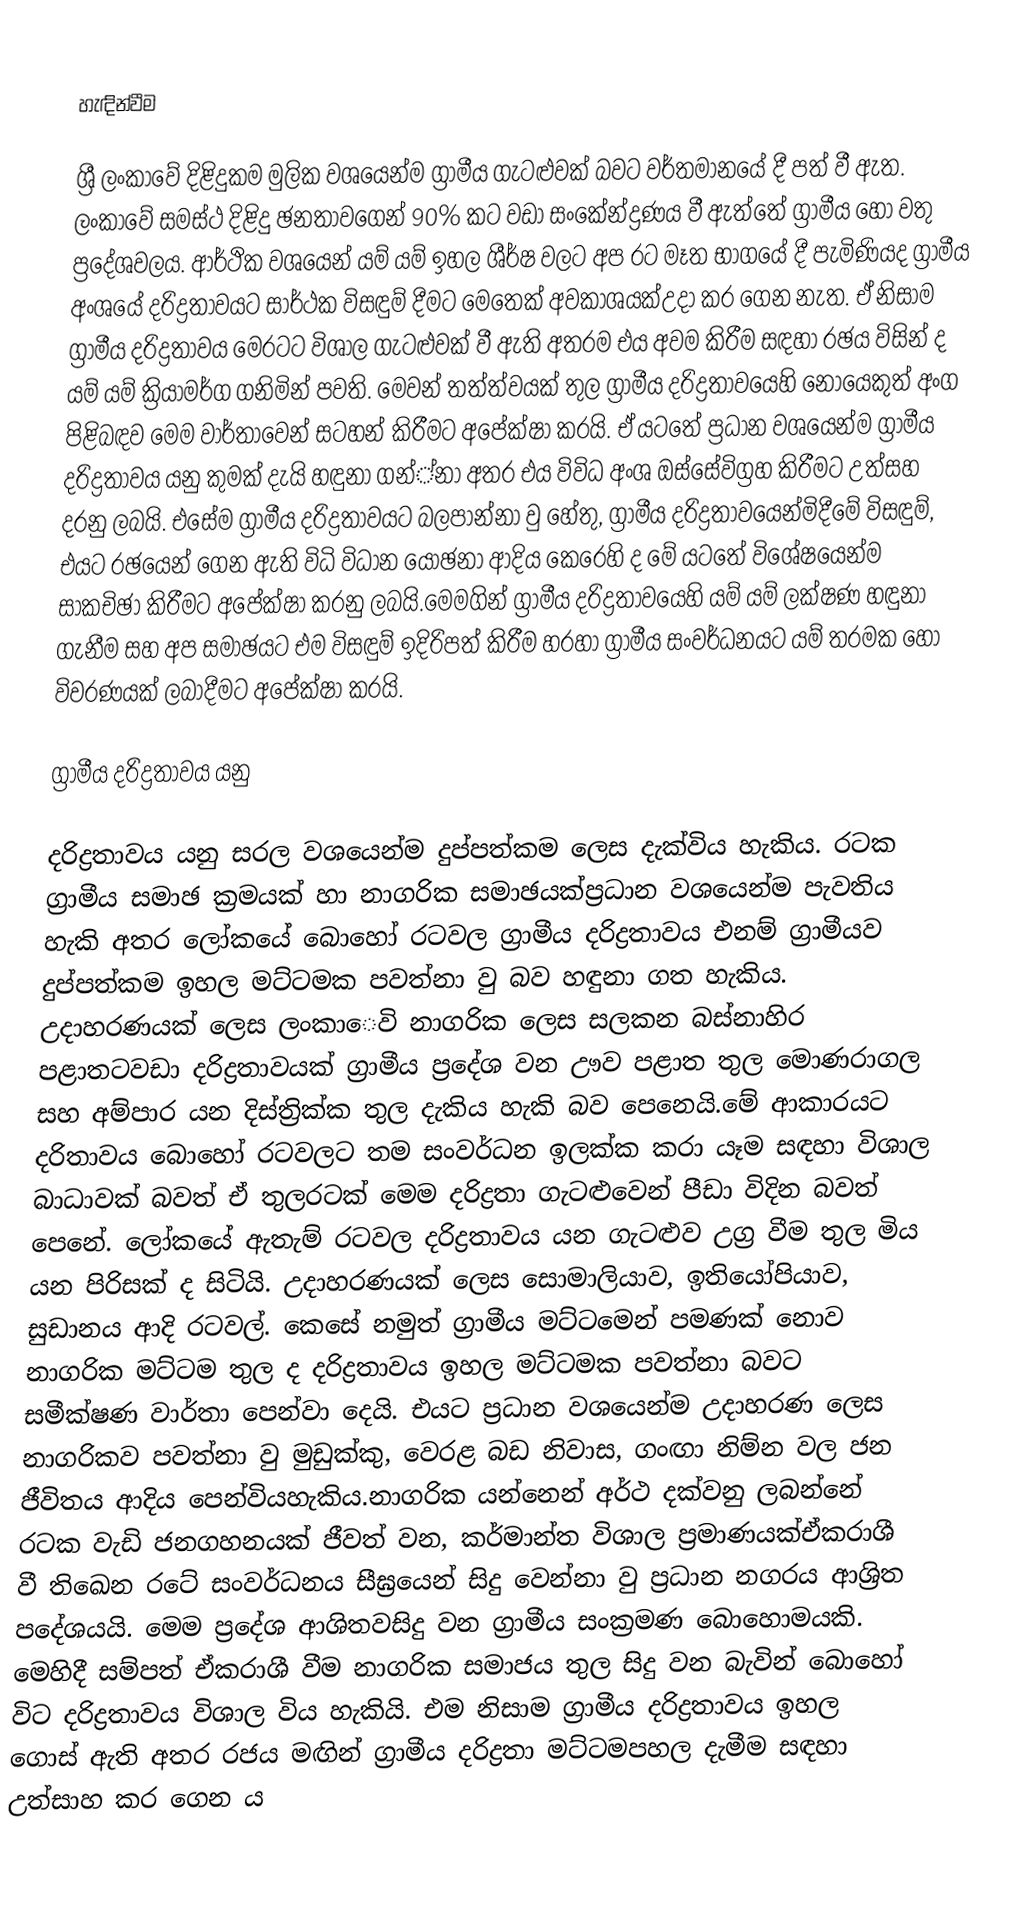

හැඳින්වීම

ශ්‍රී ලංකාවේ දිළිදුකම මුලික වශයෙන්ම ග්‍රාමීය ගැටළුවක් බවට වර්තමානයේ දී පත් වී ඇත. ලංකාවේ සමස්ථ දිළිදු ඡනතාවගෙන් 90% කට වඩා සංකේන්ද්‍රණය වී ඇත්තේ ග්‍රාමීය හෝ වතු ප්‍රදේශවලය. ආර්ථික වශයෙන් යම් යම් ඉහල ශීර්ෂ වලට අප රට මෑත භාගයේ දී පැමිණියද ග්‍රාමීය අංශයේ දරිද්‍රතාවයට සාර්ථක විසඳුම් දීමට මෙතෙක් අවකාශයක්උදා කර ගෙන නැත. ඒ නිසාම  ග්‍රාමීය දරිද්‍රතාවය මෙරටට විශාල ගැටළුවක් වී ඇති අතරම එය අවම කිරීම සඳහා රඡය විසින් ද යම් යම් ක්‍රියාමර්ග ගනිමින් පවති. මෙවන් තත්ත්වයක් තුල ග්‍රාමීය දරිද්‍රතාවයෙහි නොයෙකුත් අංග පිළිබඳව මෙම වාර්තාවෙන් සටහන් කිරීමට අපේක්ෂා කරයි. ඒ යටතේ ප්‍රධාන වශයෙන්ම ග්‍රාමීය දරිද්‍රතාවය යනු කුමක් දැයි හඳුනා ගන්්නා අතර එය විවිධ අංශ ඔස්සේවිග්‍රහ කිරීමට උත්සහ දරනු ලබයි. එසේම ග්‍රාමීය දරිද්‍රතාවයට බලපාන්නා වු හේතු, ග්‍රාමීය දරිද්‍රතාවයෙන්මිදීමේ විසඳුම්, එයට රඡයෙන් ගෙන ඇති විධි විධාන යෝඡනා ආදිය කෙරෙහි ද මේ යටතේ විශේෂයෙන්ම සාකචිඡා කිරීමට අපේක්ෂා කරනු ලබයි.මෙමගින් ග්‍රාමීය දරිද්‍රතාවයෙහි යම් යම් ලක්ෂණ හඳුනා ගැනීම සහ අප සමාඡයට එම විසඳුම් ඉදිරිපත් කිරීම හරහා ග්‍රාමීය සංවර්ධනයට යම් තරමක හෝ විවරණයක් ලබාදීමට  අපේක්ෂා කරයි.

ග්‍රාමීය දරිද්‍රතාවය යනු

දරිද්‍රතාවය යනු සරල වශයෙන්ම දුප්පත්කම ලෙස දැක්විය හැකිය. රටක ග්‍රාමීය සමාඡ ක්‍රමයක් හා නාගරික සමාඡයක්ප්‍රධාන වශයෙන්ම පැවතිය හැකි අතර ලෝකයේ බොහෝ රටවල ග්‍රාමීය දරිද්‍රතාවය එනම් ග්‍රාමීයව දුප්පත්කම ඉහල මට්ටමක පවත්නා වු බව හඳුනා ගත හැකිය. උදාහරණයක් ලෙස ලංකාෙවි නාගරික ලෙස සලකන බස්නාහිර පළාතටවඩා  දරිද්‍රතාවයක් ග්‍රාමීය ප්‍රදේශ වන ඌව පළාත තුල මොණරාගල සහ අම්පාර යන දිස්ත්‍රික්ක තුල දැකිය හැකි බව පෙනෙයි.මේ ආකාරයට දරිතාවය බොහෝ රටවලට තම සංවර්ධන ඉලක්ක කරා යෑම සඳහා විශාල බාධාවක් බවත් ඒ තුලරටක් මෙම දරිද්‍රතා ගැටළුවෙන් පීඩා විදින බවත් පෙනේ. ලෝකයේ ඇතැම් රටවල දරිද්‍රතාවය යන ගැටළුව උග්‍ර වීම තුල මිය යන පිරිසක් ද සිටියි. උදාහරණයක් ලෙස සොමාලියාව, ඉතියෝපියාව, සුඩානය ආදි රටවල්. කෙසේ නමුත් ග්‍රාමීය මට්ටමෙන් පමණක් නොව නාගරික මට්ටම තුල ද දරිද්‍රතාවය ඉහල මට්ටමක පවත්නා බවට සමීක්ෂණ වාර්තා පෙන්වා දෙයි. එයට ප්‍රධාන වශයෙන්ම උදාහරණ ලෙස නාගරිකව පවත්නා වු මුඩුක්කු, වෙරළ බඩ නිවාස, ගංඟා නිම්න වල ජන ජීවිතය ආදිය පෙන්වියහැකිය.නාගරික යන්නෙන් අර්ථ දක්වනු ලබන්නේ රටක වැඩි ජනගහනයක් ජීවත් වන, කර්මාන්ත විශාල ප්‍රමාණයක්ඒකරාශී වී තිඛෙන රටේ සංවර්ධනය සීඝ්‍රයෙන් සිදු වෙන්නා වු ප්‍රධාන නගරය ආශ්‍රිත පදේශයයි. මෙම ප්‍රදේශ ආශිතවසිදු වන ග්‍රාමීය සංක්‍රමණ බොහොමයකි. මෙහිදී සම්පත් ඒකරාශී වීම නාගරික සමාජය තුල සිදු වන බැවින් බොහෝ විට දරිද්‍රතාවය විශාල විය හැකියි. එම නිසාම ග්‍රාමීය දරිද්‍රතාවය ඉහල ගොස් ඇති අතර රජය මඟින් ග්‍රාමීය දරිද්‍රතා මට්ටමපහල දැමීම සඳහා උත්සාහ කර ගෙන ය